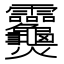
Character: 𬋣